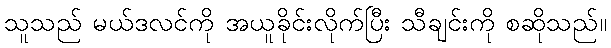
သူသည် မယ်ဒလင်ကို အယူခိုင်းလိုက်ပြီး သီချင်းကို စဆိုသည်။